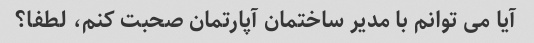
آیا می توانم با مدیر ساختمان آپارتمان صحبت کنم، لطفا؟